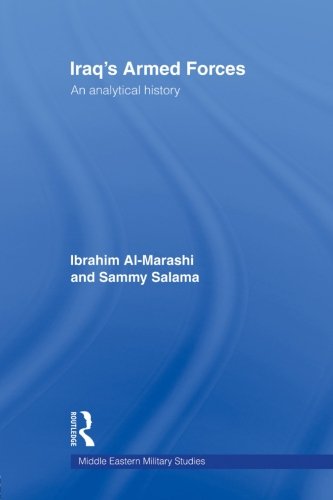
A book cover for Iraq's Armed Forces: An Analytical History (Middle Eastern Military Studies); Ibrahim Al-Marashi; History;